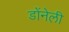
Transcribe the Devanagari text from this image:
डोंनेली